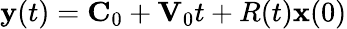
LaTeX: {\mathbf y}(t)={\mathbf C}_{0}+{\mathbf V}_{0}t+R(t){\mathbf x}(0)